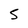
Character: 5